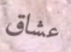
عشاق